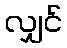
လျှင်